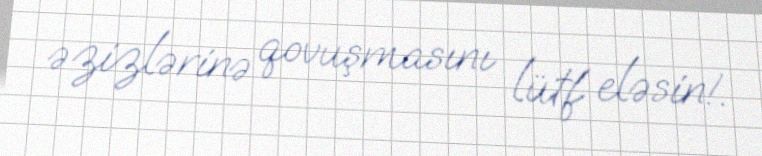
əzizlərinə qovuşmasını lütf eləsin!.